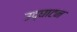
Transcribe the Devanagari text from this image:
उद्‌घाटन